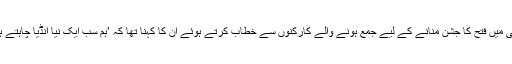
دہلی میں فتح کا جشن منانے کے لیے جمع ہونے والے کارکنوں سے خطاب کرتے ہوئے ان کا کہنا تھا کہ ’ہم سب ایک نیا انڈیا چاہتے ہیں۔